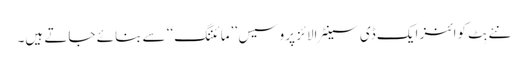
نئے بِٹ کوائنز ایک ڈی سینٹرالائز پروسیس ’’مائننگ‘‘ سے بنائے جاتے ہیں۔